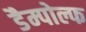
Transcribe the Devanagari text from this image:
डैम्पोल्फ